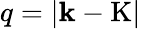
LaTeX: q=\left|\mathbf{k}-\mathrm{K}\right|